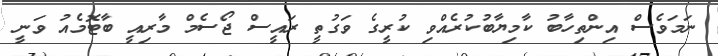
ނަމަވެސް އިންތިހާބު ކާމިޔާބުކުރެއްވި ކުރީގެ ވަގުތީ ރައީސް ޖޯސެމް މާރިއީ ބާޓޮމެއު ވަނީ